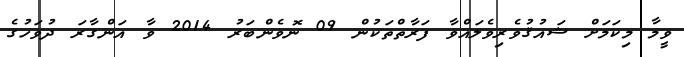
ވީމާ މިކަމަށް ޝައުޤުވެރިވެލައްވާ ފަރާތްތަކުން 09 ނޮވެންބަރު 2014 ވާ އަންގާރަ ދުވަހުގެ